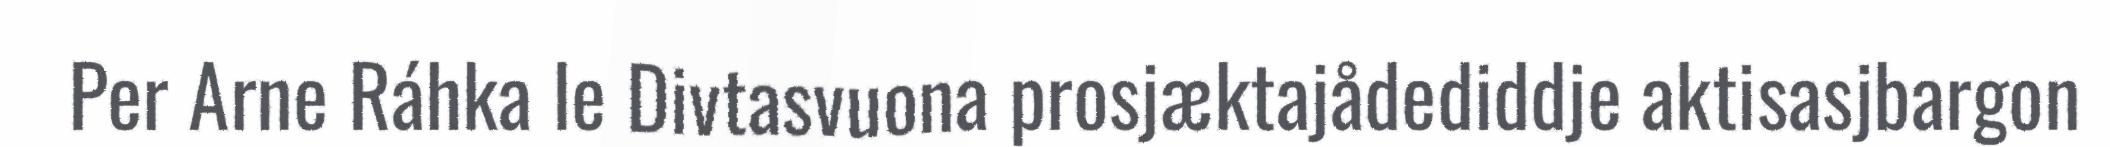
Per Arne Ráhka le Divtasvuona prosjæktajådediddje aktisasjbargon